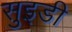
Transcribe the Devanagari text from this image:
सुइडी